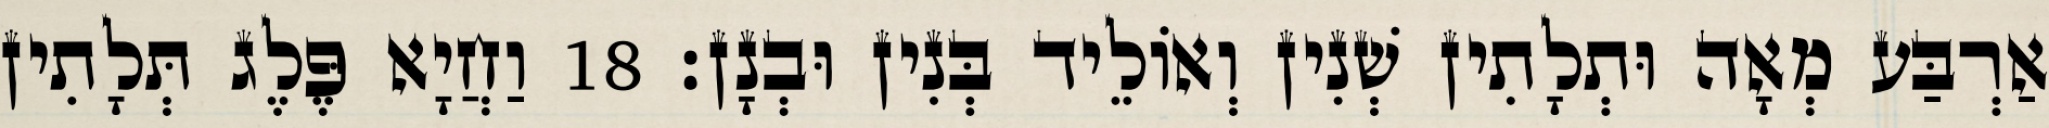
אַרְבַּע מְאָה וּתְלָתִין שְׁנִין וְאוֹלֵיד בְּנִין וּבְנָן׃ 18 וַחֲיָא פֶּלֶג תְּלָתִין